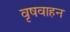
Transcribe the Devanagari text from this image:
वृषवाहन